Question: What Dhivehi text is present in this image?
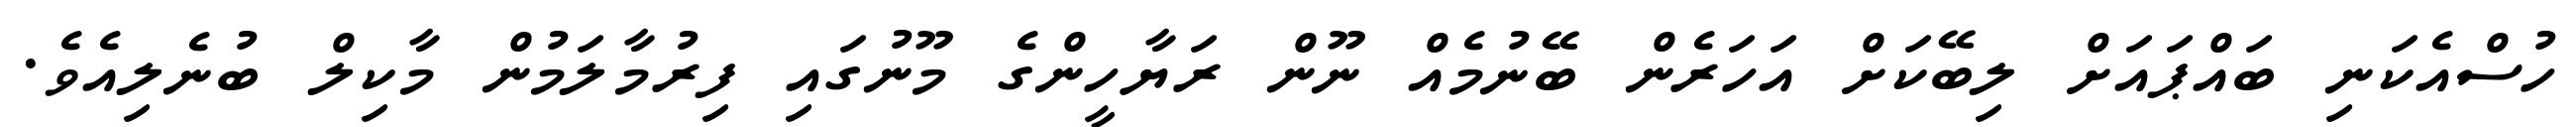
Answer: ހުސްއެކަނި ބައްޕައަށް ލިބޭކަށް އަހަރެން ބޭނުމެއް ނޫން ރަޔާހީންގެ މޫނުގައި ފިރުމާލަމުން މާކިލް ބުނެލިއެވެ.